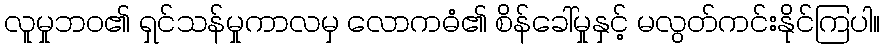
လူမှုဘဝ၏ ရှင်သန်မှုကာလမှ လောကဓံ၏ စိန်ခေါ်မှုနှင့် မလွတ်ကင်းနိုင်ကြပါ။